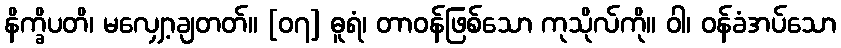
နိက္ခိပတိ၊ မလျှော့ချတတ်။ [၀၇] ဓူရံ၊ တာဝန်ဖြစ်သော ကုသိုလ်ကို။ ဝါ၊ ဝန်ခံအပ်သော